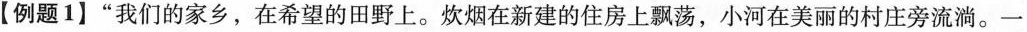
【例题1】”我们的家乡，在希望的田野上。炊烟在新建的住房上飘荡，小河在美丽的村庄旁流淌。一